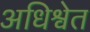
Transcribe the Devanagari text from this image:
अधिश्वेत